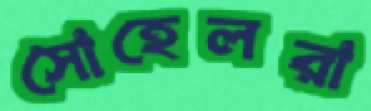
সোহেলরা